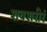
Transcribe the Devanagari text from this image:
शवशरीरं